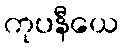
ကုပနီယေ